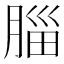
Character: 䐉